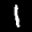
Label: 1